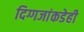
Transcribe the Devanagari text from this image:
दिग्गजांकडेही